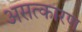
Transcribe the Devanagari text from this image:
असत्कारण